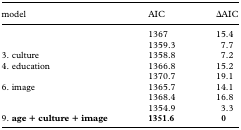
<table><thead><tr><td><b>model</b></td><td><b>AIC</b></td><td><b><i>Δ</i>AIC</b></td></tr></thead><tbody><tr><td>[EMPTY_CELL]</td><td>1367</td><td>15.4</td></tr><tr><td>[EMPTY_CELL]</td><td>1359.3</td><td>7.7</td></tr><tr><td>3. culture</td><td>1358.8</td><td>7.2</td></tr><tr><td>4. education</td><td>1366.8</td><td>15.2</td></tr><tr><td>[EMPTY_CELL]</td><td>1370.7</td><td>19.1</td></tr><tr><td>6. image</td><td>1365.7</td><td>14.1</td></tr><tr><td>[EMPTY_CELL]</td><td>1368.4</td><td>16.8</td></tr><tr><td>[EMPTY_CELL]</td><td>1354.9</td><td>3.3</td></tr><tr><td>9. <b>age + culture + image</b></td><td><b>1351</b>.<b>6</b></td><td><b>0</b></td></tr></tbody></table>